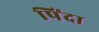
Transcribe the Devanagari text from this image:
पिंदा